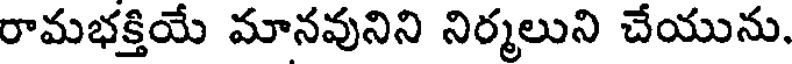
రామభక్తియే మానవునిని నిర్మలుని చేయును.